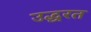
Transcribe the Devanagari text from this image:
उद्धरत